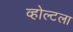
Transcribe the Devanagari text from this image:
व्होल्टला